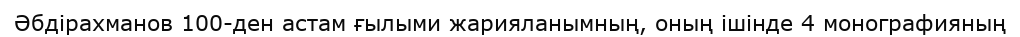
Әбдірахманов 100-ден астам ғылыми жарияланымның, оның ішінде 4 монографияның